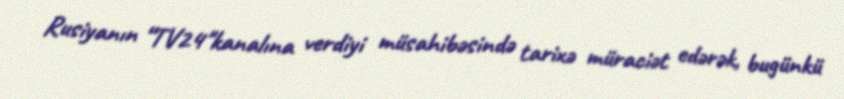
Rusiyanın “TV24"kanalına verdiyi müsahibəsində tarixə müraciət edərək, bugünkü